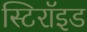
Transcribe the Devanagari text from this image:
स्टिरॉइड